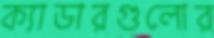
ক্যাডারগুলোর